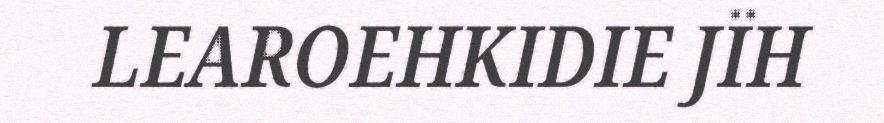
LEAROEHKIDIE JÏH